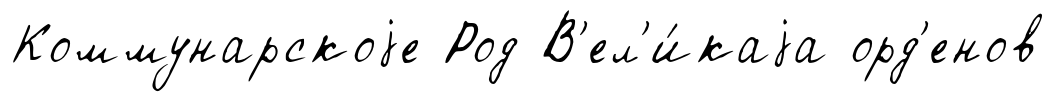
Коммунарскоjе Род В'ел'и́каjа орд'енов